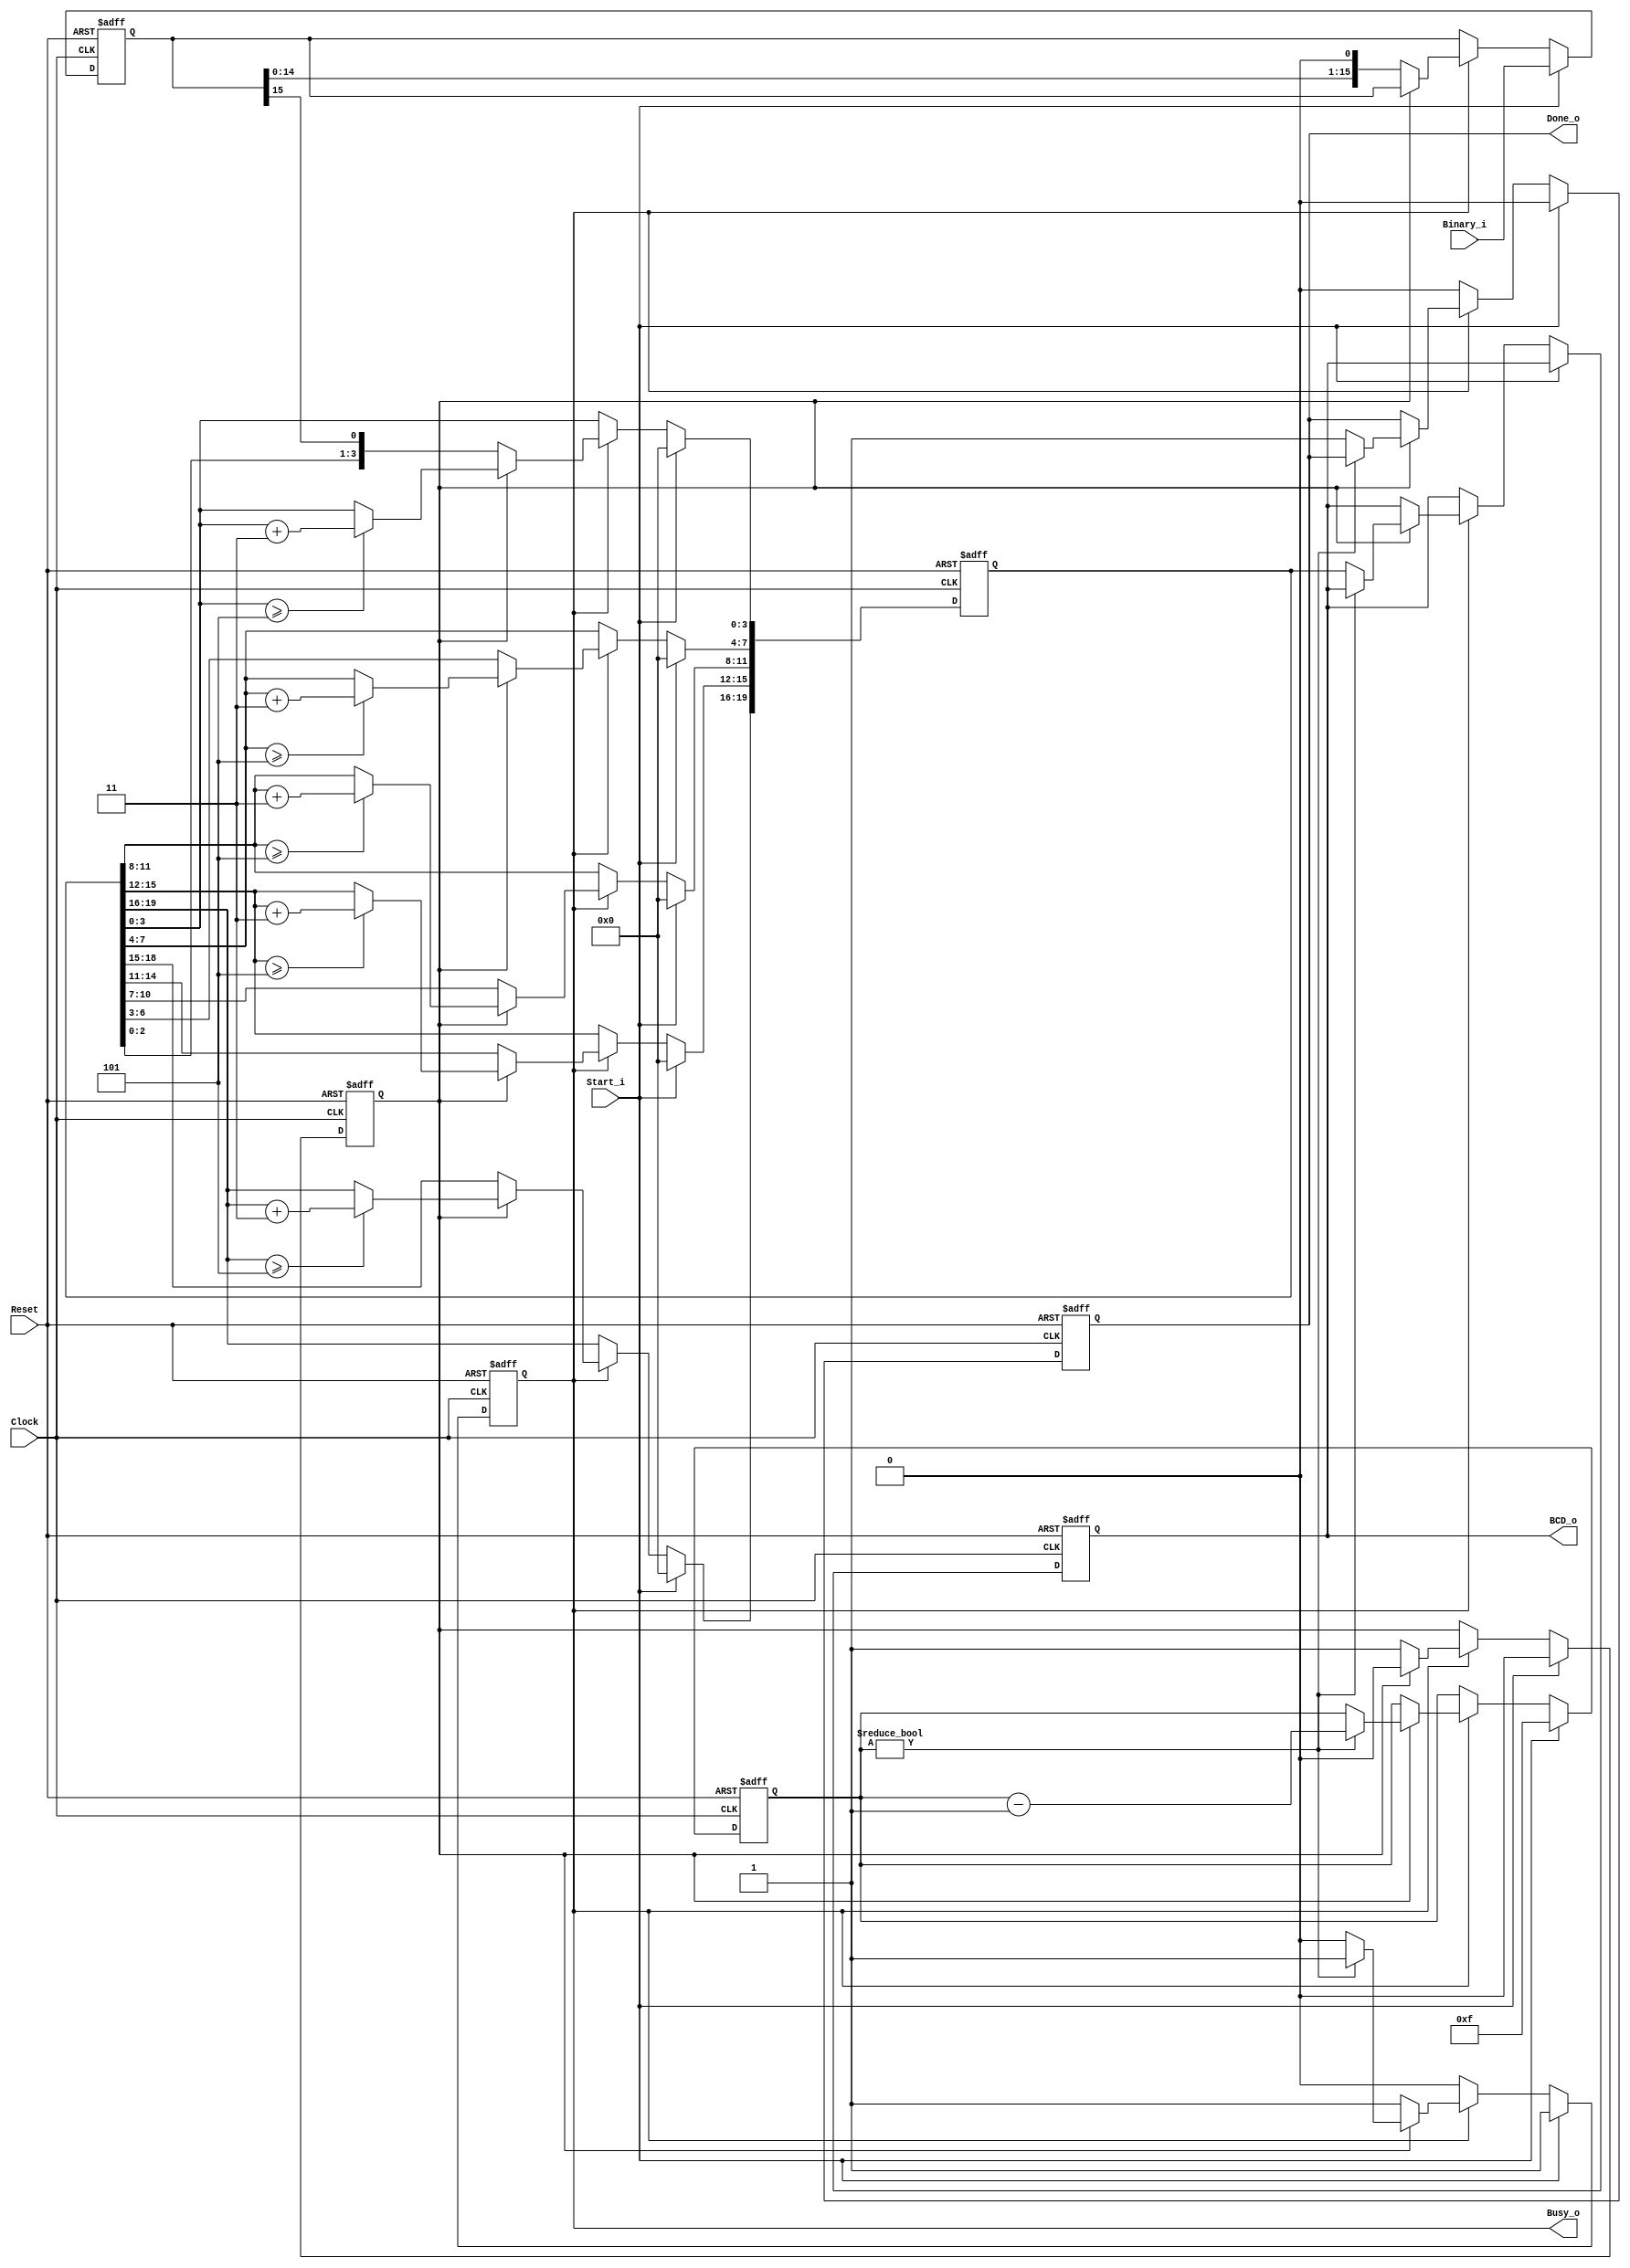
// 231128

`default_nettype none

module DoubleDabble #(
	parameter INPUT_BITS    = 16,
	parameter OUTPUT_DIGITS = 5,
	parameter OUTPUT_BITS   = OUTPUT_DIGITS * 4
)(
	input wire Clock,
	input wire Reset,
	input wire Start_i,
	output reg Busy_o,
	output reg Done_o,
	input wire [ INPUT_BITS-1:0] Binary_i,
	output reg [OUTPUT_BITS-1:0] BCD_o
);
	
	// Variables
	integer i;
	reg [ INPUT_BITS-1:0] Binary;
	reg [OUTPUT_BITS-1:0] BCD;
	
	// State machine
	reg State;
	localparam DOUBLE = 1'b0;
	localparam DABBLE = 1'b1;
	
	localparam MAX_VALUE = INPUT_BITS - 1;
	localparam WIDTH = $clog2(MAX_VALUE + 1);
	reg [WIDTH-1:0] Counter;
	
	always @(posedge Clock, negedge Reset) begin
		if(!Reset) begin
			Counter <= 0;
			Busy_o  <= 0;
			Done_o  <= 0;
			Binary  <= 0;
			BCD     <= 0;
			BCD_o	<= 0;
			State   <= DOUBLE;
		end 
		
		else if(Start_i) begin
			Busy_o  <= 1'b1;
			Done_o  <= 1'b0;
			Binary  <= Binary_i;
			Counter <= MAX_VALUE;
			BCD     <= 0;
			State   <= DOUBLE;
		end 
		
		else if(Busy_o) begin
			
			// Double
			if(State == DOUBLE) begin
				BCD    <= {BCD[OUTPUT_BITS-2:0], Binary[INPUT_BITS-1]};
				Binary <= {Binary[INPUT_BITS-2:0], 1'b0};
				State  <= DABBLE;
			end 
			
			// Dabble
			else begin
				
				// Check each digit
				// If the digit is >= 5 then add 3
				for(i=0; i<OUTPUT_BITS; i=i+4) begin
					if(BCD[i+:4] >= 4'd5)
						BCD[i+:4] <= BCD[i+:4] + 4'd3;
				end
				
				// If counting in progress
				if(Counter) begin
					Counter <= Counter - 1'b1;
				end
				
				// If counting done
				else begin
					Busy_o <= 0;
					Done_o <= 1'b1;
					BCD_o  <= BCD;
				end
				
				State <= DOUBLE;
			end
		end
		
		// Clear done flag
		else if(Done_o) begin
			Done_o <= 1'b0;
		end
	end

endmodule

`default_nettype wire